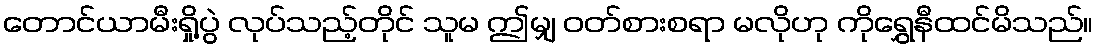
တောင်ယာမီးရှို့ပွဲ လုပ်သည့်တိုင် သူမ ဤမျှ ဝတ်စားစရာ မလိုဟု ကိုရွှေနီထင်မိသည်။